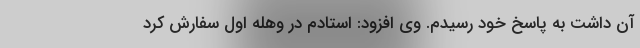
آن داشت به پاسخ خود رسیدم. وی افزود: استادم در وهله اول سفارش کرد